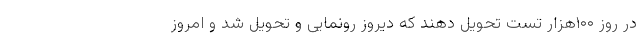
در روز ۱۰۰هزار تست تحویل دهند که دیروز رونمایی و تحویل شد و امروز